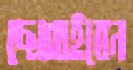
ছোব্‌লাইবেন